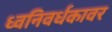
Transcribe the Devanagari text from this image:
ध्वनिवर्धकावर